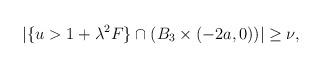
LaTeX: \begin{align*} \begin{aligned} |\{u>1+\lambda^2F\}\cap(B_3\times(-2a,0))|\geq \nu, \end{aligned} \end{align*}